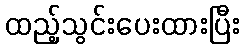
ထည့်သွင်းပေးထားပြီး